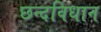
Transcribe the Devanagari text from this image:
छन्दविधान